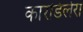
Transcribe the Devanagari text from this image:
कारडिलेरा